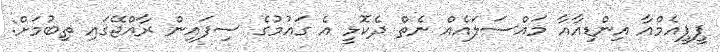
ޕީޕީއެމްއާ އިންޑިއާއާ މައްސަލައެއް ނެތް ދެކޮޅީ އެ ގައުމުގެ ސިފައިން ރާއްޖޭގައި ތިބުމަށް: